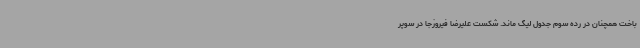
باخت همچنان در رده سوم جدول لیگ ماند. شکست علیرضا فیروزجا در سوپر